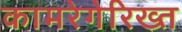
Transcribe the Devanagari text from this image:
कामरेगेरिख्त